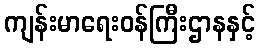
ကျန်းမာရေးဝန်ကြီးဌာနနှင့်